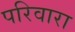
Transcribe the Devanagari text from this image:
परिवारा